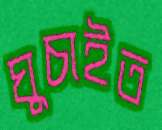
ঘুচাইত